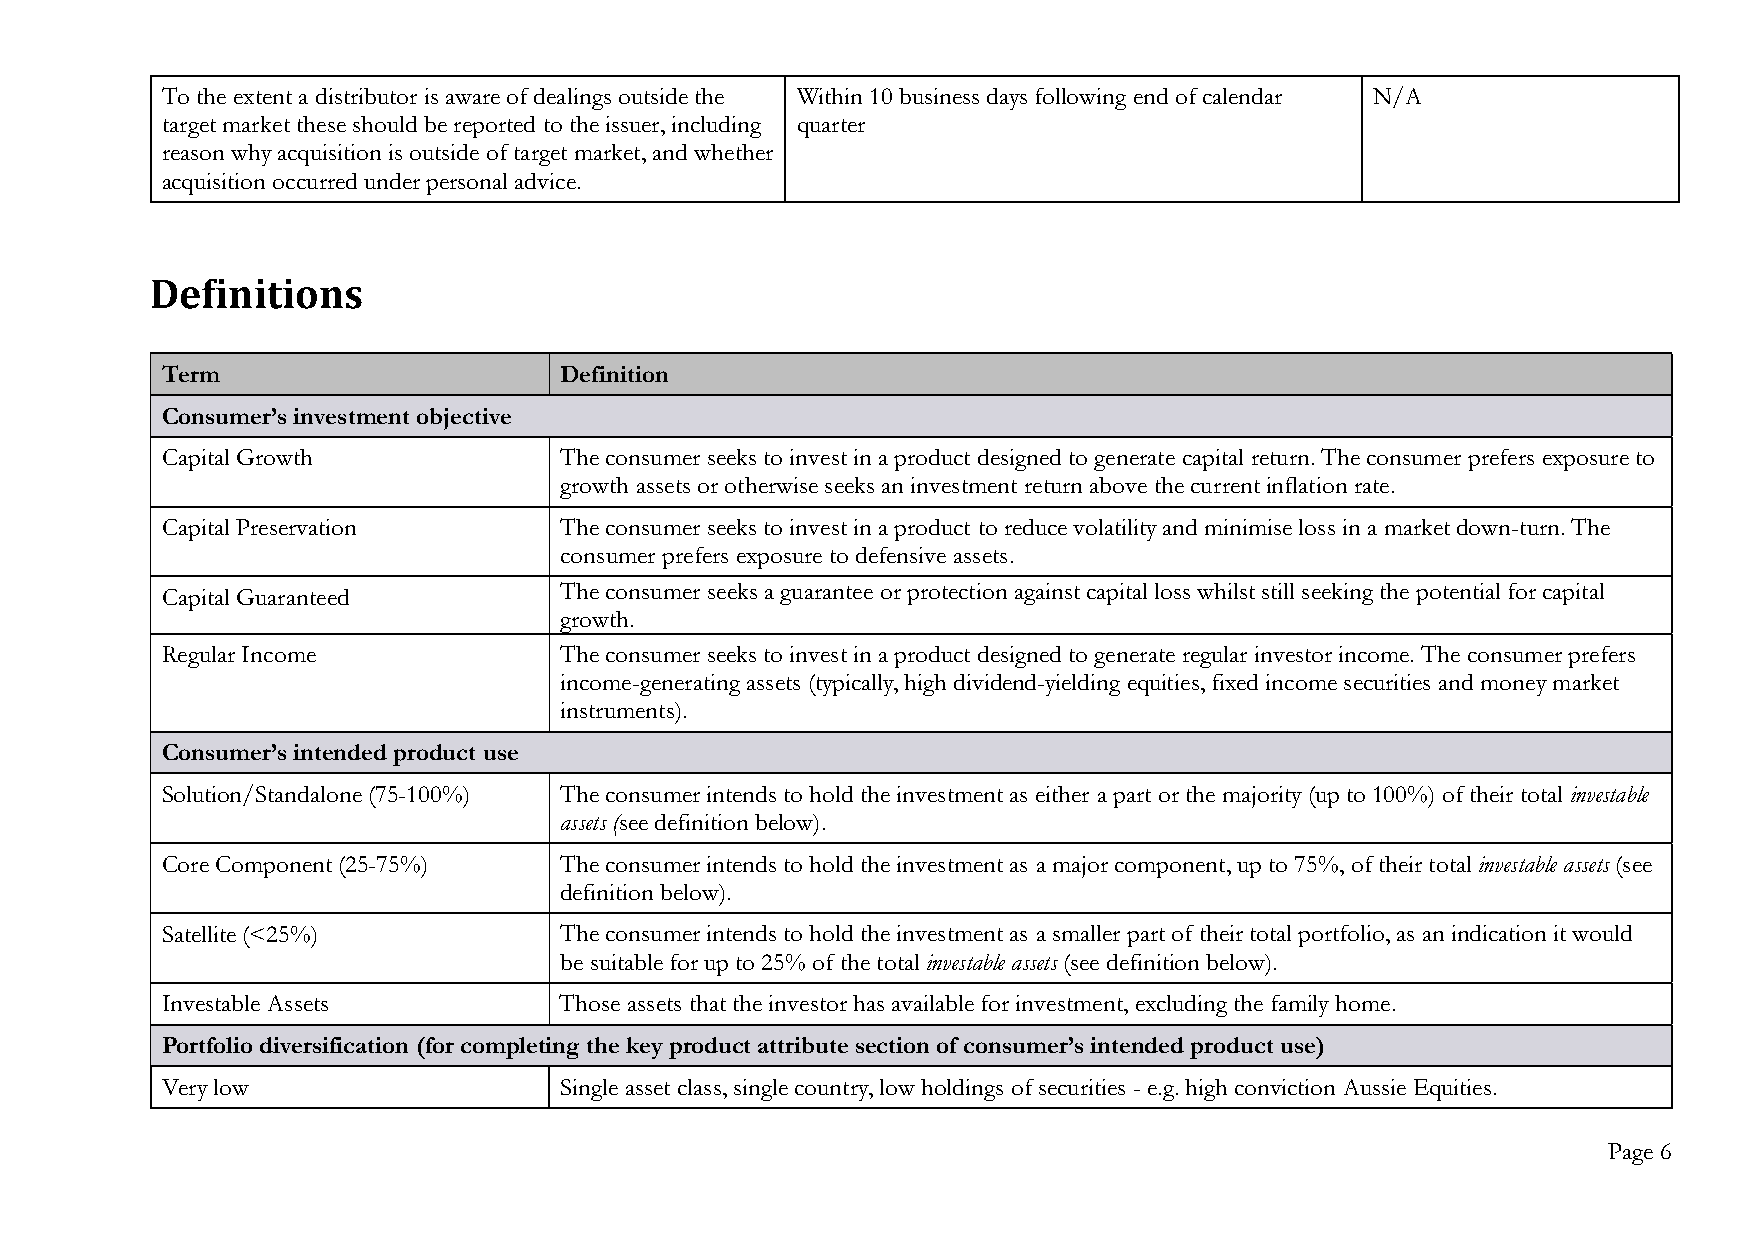
To the extent a distributor is aware of dealings outside the Within 10 business days following end of calendar N/A
 target market these should be reported to the issuer, including quarter
 reason why acquisition is outside of target market, and whether
 acquisition occurred under personal advice.
 Definitions
 Term                      Definition
 Consumer’s investment objective
 Capital Growth            The consumer seeks to invest in a product designed to generate capital return. The consumer prefers exposure to
 growth assets or otherwise seeks an investment return above the current inflation rate.
 Capital Preservation      The consumer seeks to invest in a product to reduce volatility and minimise loss in a market down-turn. The
 consumer prefers exposure to defensive assets.
 Capital Guaranteed        The consumer seeks a guarantee or protection against capital loss whilst still seeking the potential for capital
 growth.
 Regular Income            The consumer seeks to invest in a product designed to generate regular investor income. The consumer prefers
 income-generating assets (typically, high dividend-yielding equities, fixed income securities and money market
 instruments).
 Consumer’s intended product use
 Solution/Standalone (75-100%) The consumer intends to hold the investment as either a part or the majority (up to 100%) of their total investable
 assets (see definition below).
 Core Component (25-75%)   The consumer intends to hold the investment as a major component, up to 75%, of their total investable assets (see
 definition below).
 Satellite (<25%)          The consumer intends to hold the investment as a smaller part of their total portfolio, as an indication it would
 be suitable for up to 25% of the total investable assets (see definition below).
 Investable Assets         Those assets that the investor has available for investment, excluding the family home.
 Portfolio diversification (for completing the key product attribute section of consumer’s intended product use)
 Very low                  Single asset class, single country, low holdings of securities - e.g. high conviction Aussie Equities.
 Page 6